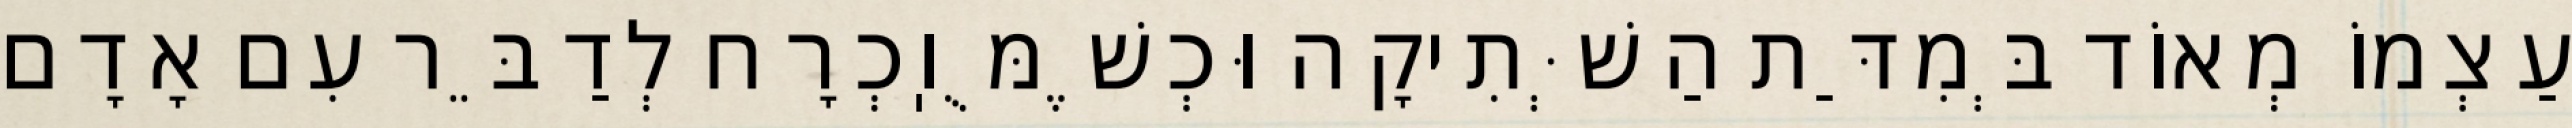
עַצְמוֹ מְאוֹד בְּמִדַּת הַשְּׁתִיקָה וּכְשֶׁמֻּוֽכְרָח לְדַבֵּר עִם אָדָם